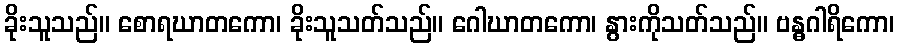
ခိုးသူသည်။ စောရဃာတကော၊ ခိုးသူသတ်သည်။ ဂေါဃာတကော၊ နွားကိုသတ်သည်။ ဗန္ဓဂါရိကော၊